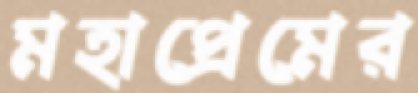
মহাপ্রেমের